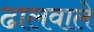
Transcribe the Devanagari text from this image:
ढालवाले